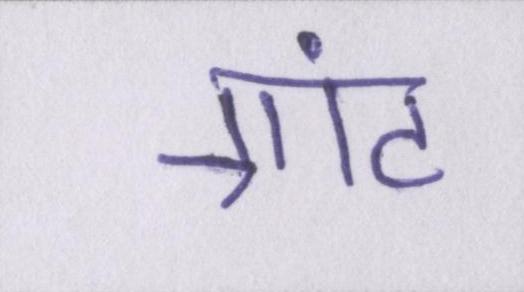
ग्रांट